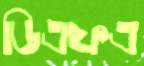
ডিএফএ